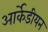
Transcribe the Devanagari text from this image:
आर्केडीयन